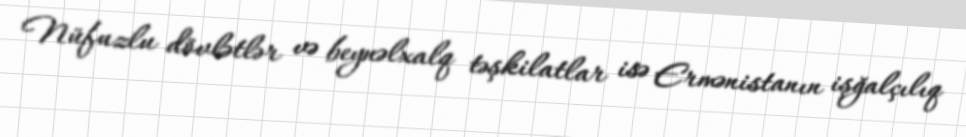
Nüfuzlu dövlətlər və beynəlxalq təşkilatlar isə Ermənistanın işğalçılıq